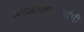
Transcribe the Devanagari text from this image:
जंगलीमहाराजांनी